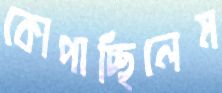
কোপাচ্ছিলেম